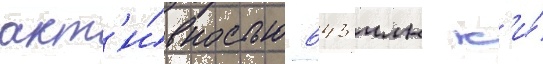
акт'и́вностью 643 млн к'и́